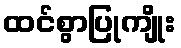
ထင်စွာပြုကျိုး